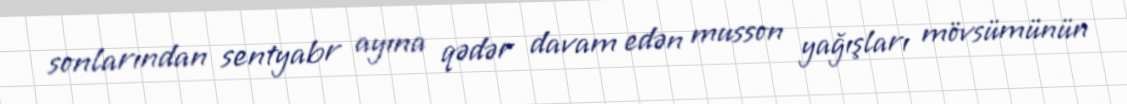
sonlarından sentyabr ayına qədər davam edən musson yağışları mövsümünün